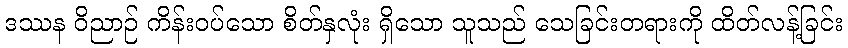
ဒဿန ဝိညာဉ် ကိန်းဝပ်သော စိတ်နှလုံး ရှိသော သူသည် သေခြင်းတရားကို ထိတ်လန့်ခြင်း